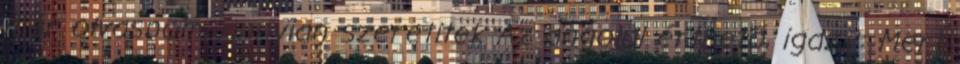
már olvasnom, annyian szeretitek Az angolul érthető, igaz?: Mert